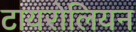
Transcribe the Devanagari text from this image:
टायरोलियन